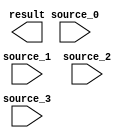
`timescale 1ns/100ps
module lab1_2 (
    input wire [5:0] source_0,
    input wire [5:0] source_1,
    input wire [5:0] source_2,
    input wire [5:0] source_3,
    output reg [3:0] result
); 
    /* Note that result can be either reg or wire. 
    * It depends on how you design your module. */
    // add your design here 
endmodule